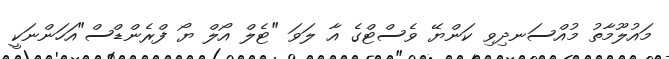
މައުލޫމާތު މުއްސަނދިވި ކަންޔޭ ވެސްޓްގެ އާ ލަވަ "ޓެލް އޯލް ޔޯ ފްރެންޑްސް"އަހަންނަކީ